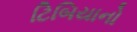
ટિબિયાનો